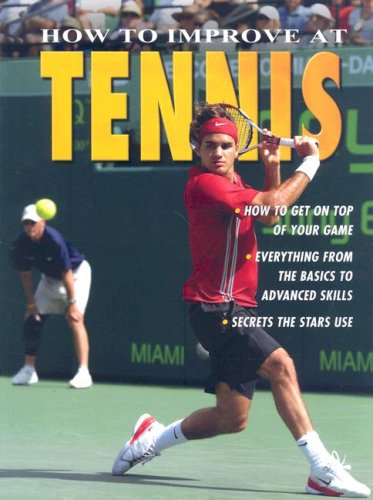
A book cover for How to Improve at Tennis; Jim Drewett; Children's Books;